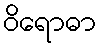
ဝိရောဓာ